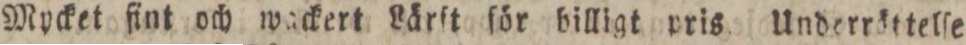
Mycket fint och wackert Lärſt för billigt pris. Underröttelſe